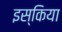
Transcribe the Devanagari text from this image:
इस्किया